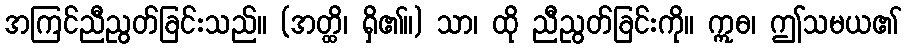
အကြင်ညီညွတ်ခြင်းသည်။ (အတ္ထိ၊ ရှိ၏။) သာ၊ ထို ညီညွတ်ခြင်းကို။ ဣဓ၊ ဤသမယ၏